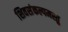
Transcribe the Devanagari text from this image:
शिवसंकल्पमस्तु